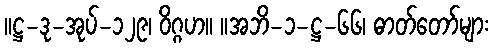
။ဋ္ဌ-ဒု-အုပ်-၁၂၉၊ ဝိဂ္ဂဟ။ ။အဘိ-၁-ဋ္ဌ-၆၆၊ ဓာတ်တော်များ